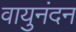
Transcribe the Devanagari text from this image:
वायुनंदन